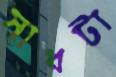
সাধটা